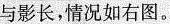
与影长，情况如右图。